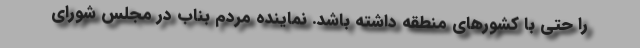
را حتی با کشورهای منطقه داشته باشد. نماینده مردم بناب در مجلس شورای